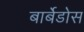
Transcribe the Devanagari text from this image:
बार्बेडोस